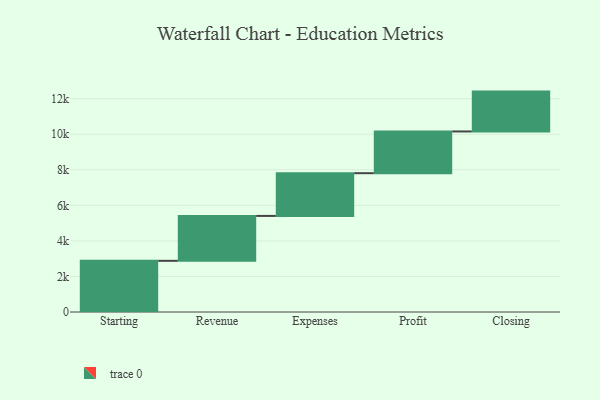
{"axis": {"x": "Step", "y": "Value"}, "legend": [""], "data": [{"x": "Starting", "y": 2879.0, "type": ""}, {"x": "Revenue", "y": 2526.0, "type": ""}, {"x": "Expenses", "y": 2404.0, "type": ""}, {"x": "Profit", "y": 2348.0, "type": ""}, {"x": "Closing", "y": 2242.0, "type": ""}]}